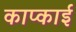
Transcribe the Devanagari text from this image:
काप्काई